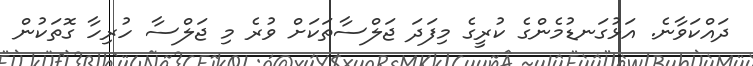
ދައްކަވާނެ. އަޅުގަނޑުމެންގެ ކުރީގެ މިފަދަ ޖަލްސާތަކަށް ވުރެ މި ޖަލްސާ ހުރިހާ ގޮތަކުން